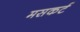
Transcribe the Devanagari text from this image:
मसकर्ट